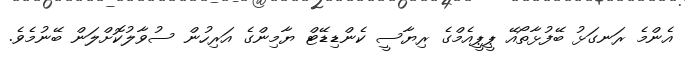
އެންމެ ރަނގަޅު ބޭފުޅާތޯއޭ ޕީޕީއެމްގެ ރިޔާސީ ކެންޑިޑޭޓް ޔާމިންގެ އަރިހުން ސުވާލުކޮށްލަން ބޭނުމެވެ.